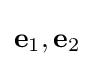
\mathbf {e} _{1},\mathbf {e} _{2}